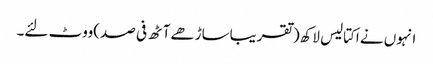
انہوں نے اکتالیس لاکھ(تقریباساڑھے آٹھ فی صد)ووٹ لئے۔